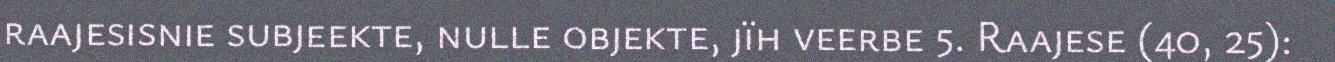
raajesisnie subjeekte, nulle objekte, jïh veerbe 5. Raajese (40, 25):